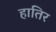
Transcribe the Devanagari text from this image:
हातिर